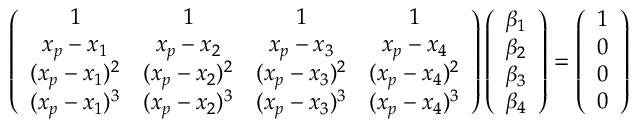
\left( \begin{array} { c c c c } { 1 } & { 1 } & { 1 } & { 1 } \\ { x _ { p } - x _ { 1 } } & { x _ { p } - x _ { 2 } } & { x _ { p } - x _ { 3 } } & { x _ { p } - x _ { 4 } } \\ { ( x _ { p } - x _ { 1 } ) ^ { 2 } } & { ( x _ { p } - x _ { 2 } ) ^ { 2 } } & { ( x _ { p } - x _ { 3 } ) ^ { 2 } } & { ( x _ { p } - x _ { 4 } ) ^ { 2 } } \\ { ( x _ { p } - x _ { 1 } ) ^ { 3 } } & { ( x _ { p } - x _ { 2 } ) ^ { 3 } } & { ( x _ { p } - x _ { 3 } ) ^ { 3 } } & { ( x _ { p } - x _ { 4 } ) ^ { 3 } } \end{array} \right) \left( \begin{array} { c } { \beta _ { 1 } } \\ { \beta _ { 2 } } \\ { \beta _ { 3 } } \\ { \beta _ { 4 } } \end{array} \right) = \left( \begin{array} { c } { 1 } \\ { 0 } \\ { 0 } \\ { 0 } \end{array} \right)